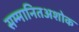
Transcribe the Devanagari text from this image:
सम्मानितअशोक